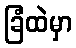
ခြံထဲမှာ